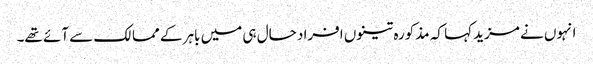
انہوں نے مزید کہا کہ مذکورہ تینوں افراد حال ہی میں باہر کے ممالک سے آئے تھے۔